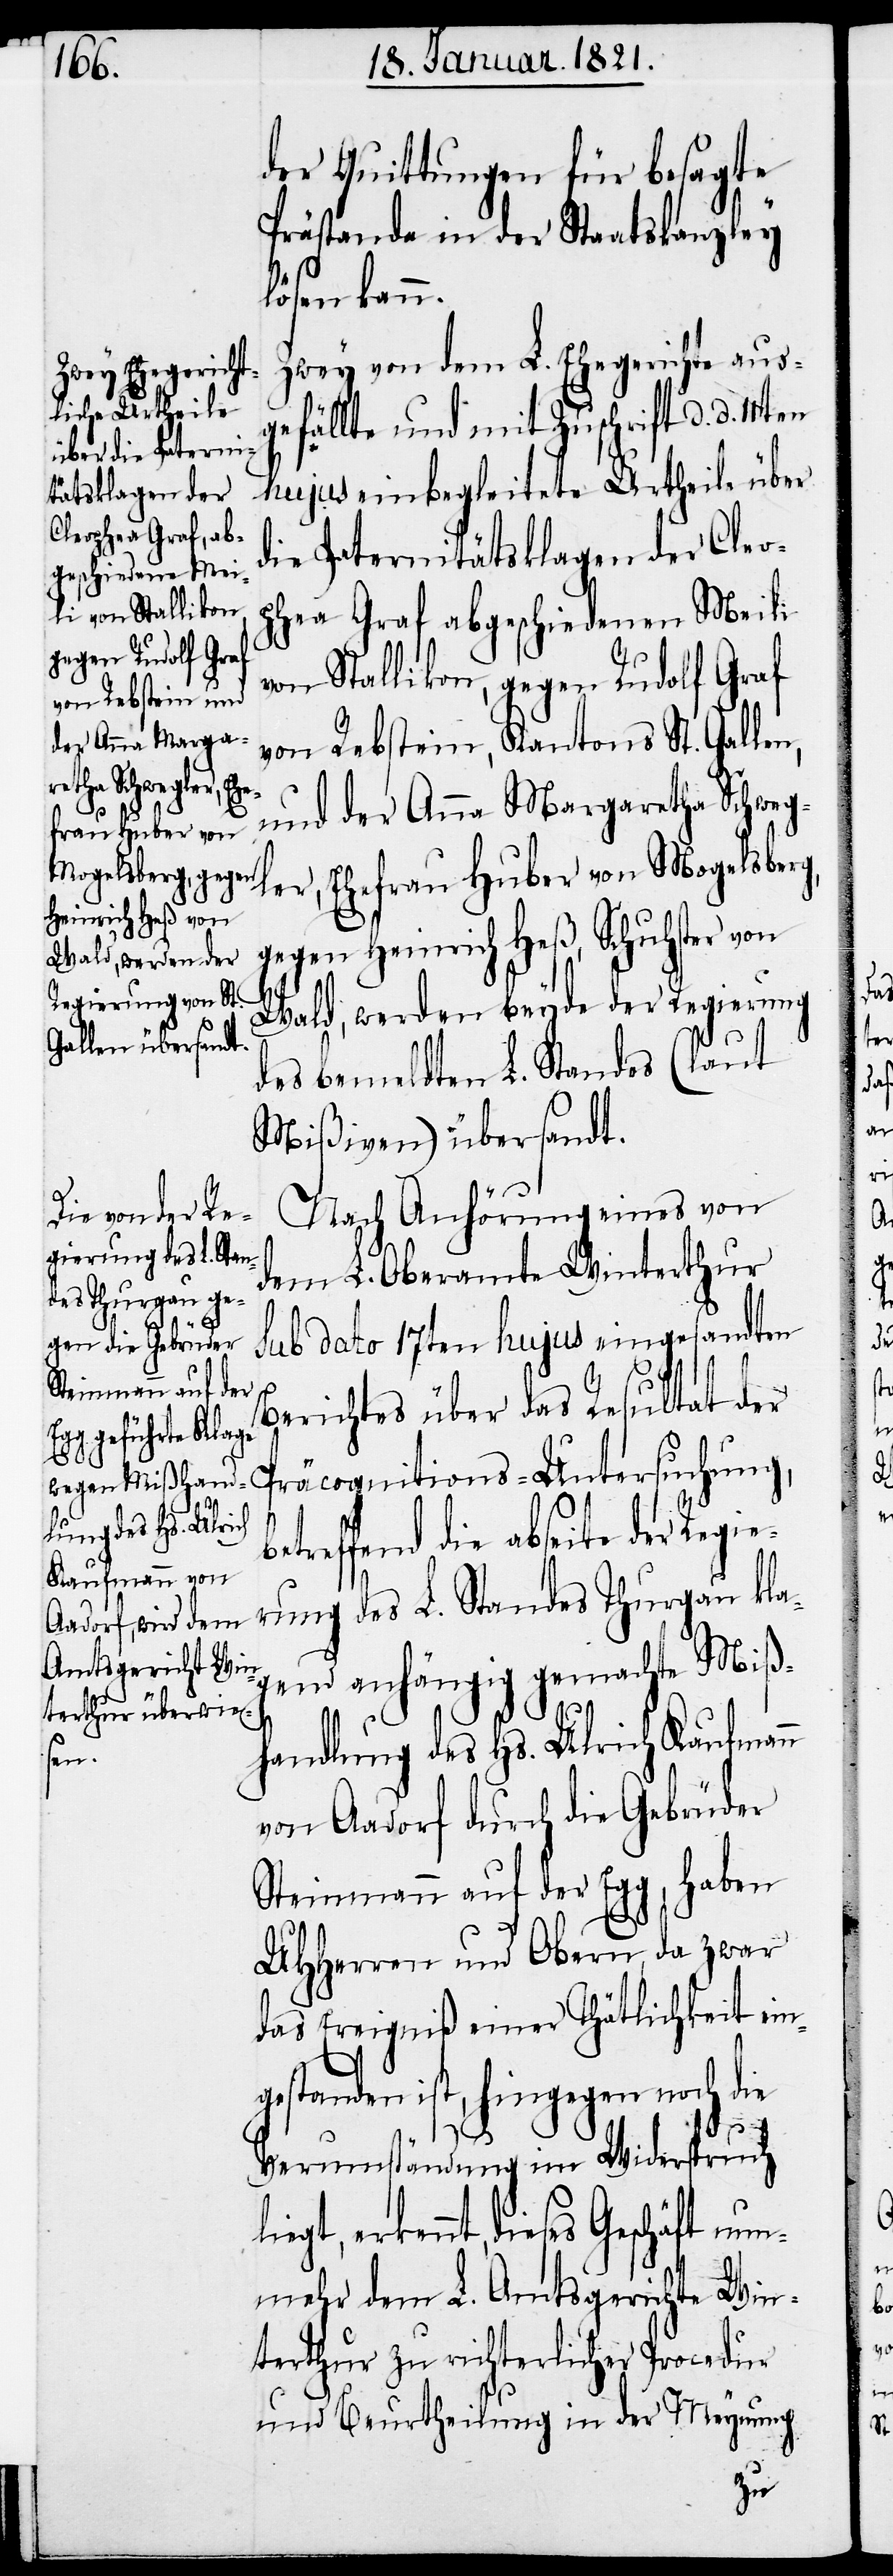
der Quittungen für besagte
Prästanda in der Staatskanzley
lösen kann.
Zwey von dem L. Ehegericht aus¬
gefällte und mit Zuschrift d. d. 11ten
hujus einbegleitete Urtheile über
die Paternitätsklagen der Cleo¬
phea Graf abgeschiedenen Meili
von Stallikon, gegen Rudolf Graf
von Rebstein, Kantons St. Gallen,
Geschäft nu¬
und der Anna Margaretha Schweg¬
ler, Ehefrau Huber von Mogelsberg,
gegen Heinrich Heß, Schuhster von
Wald, werden beyde der Regierung
des bemeldten L. Standes (laut
Mißiven) übersandt.
Nach Anhörung eines von
dem L. Oberamte Winterthur
sub dato 17ten hujus eingesandten
Berichtes über das Resultat der
rung des L. Standes Thurgau kla¬
gend anhängig gemachte Miß¬
handlung des Hs. Ulrich Kaufmann
die
von Aadorf durch die Gebrüder
Steinmann auf der Egg, haben
UHHerren und Obern, da zwar
das Ereigniß einer Thätlichkeit ein¬
gestanden ist, hingegen noch die
Verumständung im Widerspruch
nmehr dem L. Amtsgericht Win¬
terthur zu richterlicher Procedur
und Beurtheilung in der Meynung